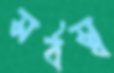
সর্বস্ব